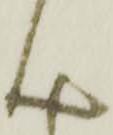
ん